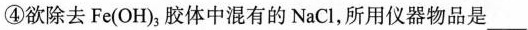
④欲除去Fe(OH)_{3}胶体中混有的NaCl，所用仪器物品是___